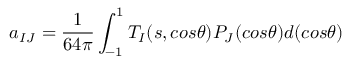
a _ { I J } = \frac { 1 } { 6 4 \pi } \int _ { - 1 } ^ { 1 } T _ { I } ( s , c o s \theta ) P _ { J } ( c o s \theta ) d ( c o s \theta )